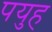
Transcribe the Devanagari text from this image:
पयुह